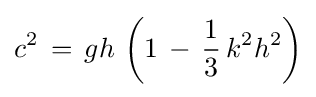
c^{2}\,=\,gh\,\left(1\,-\,{\frac {1}{3}}\,k^{2}h^{2}\right)